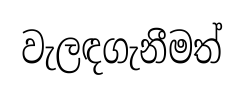
වැලඳගැනීමත්